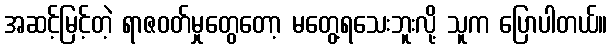
အဆင့်မြင့်တဲ့ ရာဇဝတ်မှုတွေတော့ မတွေ့ရသေးဘူးလို့ သူက ပြောပါတယ်။